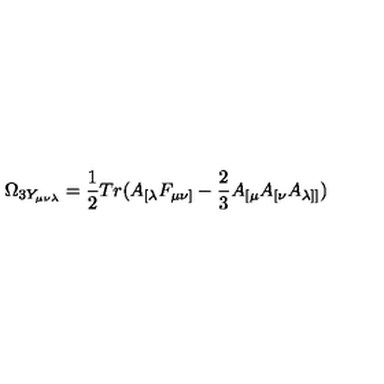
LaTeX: \Omega _ { 3 Y _ { \mu \nu \lambda } } = \frac { 1 } { 2 } T r ( A _ { [ \lambda } F _ { \mu \nu ] } - \frac { 2 } { 3 } A _ { [ \mu } A _ { [ \nu } A _ { \lambda ] ] } )